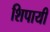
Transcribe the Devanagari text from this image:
शिपायी